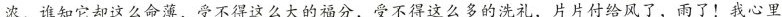
浓，谁知它却这么命薄，受不得这么大的福分，受不得这么多的洗礼，片片付给风了，雨了！我心里